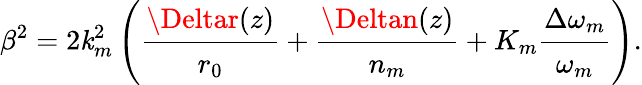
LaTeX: \beta^{2}=2\mathit{k}_{m}^{2}\left(\cfrac{\Deltar(z)}{r_{0}}+\cfrac{\Deltan(z)}{n_{m}}+K_{m}\cfrac{\Delta\omega_{m}}{\omega_{m}}\right).